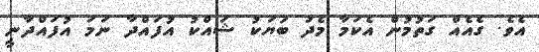
އެވެ. ގެއެއް ގަތުމުން އެކަމާ މެދު ބަޔަކު ޝައްކު އުފައްދާ ނަމަ އުފައްދާނީ